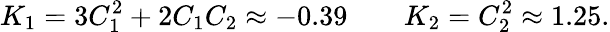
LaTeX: K_{1}=3C_{1}^{2}+2C_{1}C_{2}\approx-0.39\qquad K_{2}=C_{2}^{2}\approx 1.25.